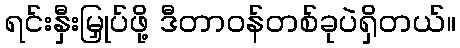
ရင်းနှီးမြှုပ်ဖို့ ဒီတာဝန်တစ်ခုပဲရှိတယ်။